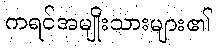
ကရင်အမျိုးသားများ၏